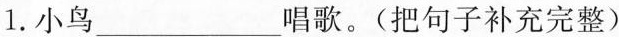
1.小鸟___唱歌。(把句子补充完整)